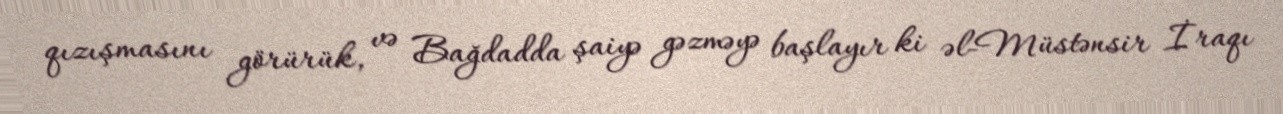
qızışmasını görürük, və Bağdadda şaiyə gəzməyə başlayır ki əl-Müstənsir İraqı